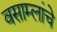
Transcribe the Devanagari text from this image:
वसाम्लांचे